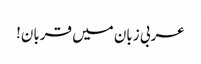
عربی زبان میں قربان!